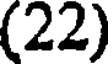
(22)